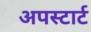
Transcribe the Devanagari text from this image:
अपस्टार्ट